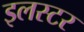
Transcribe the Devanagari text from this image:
इलस्टर